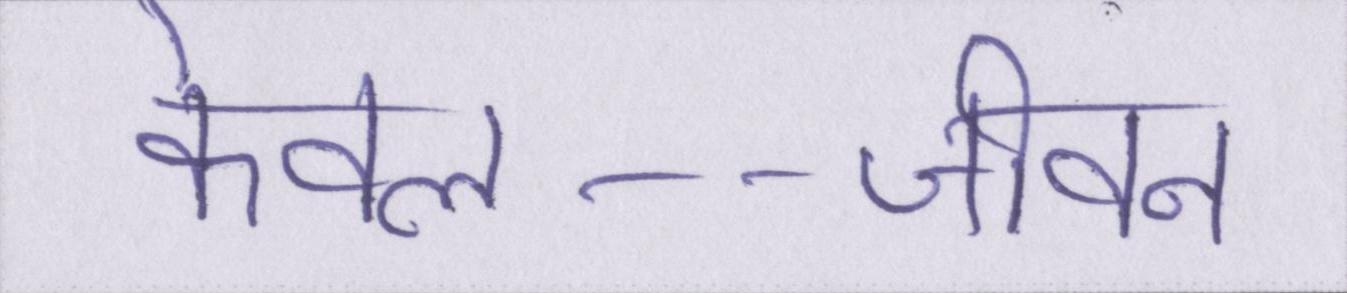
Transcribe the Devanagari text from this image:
केवल--जीवन